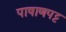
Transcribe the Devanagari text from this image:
पाषाणपट्ट